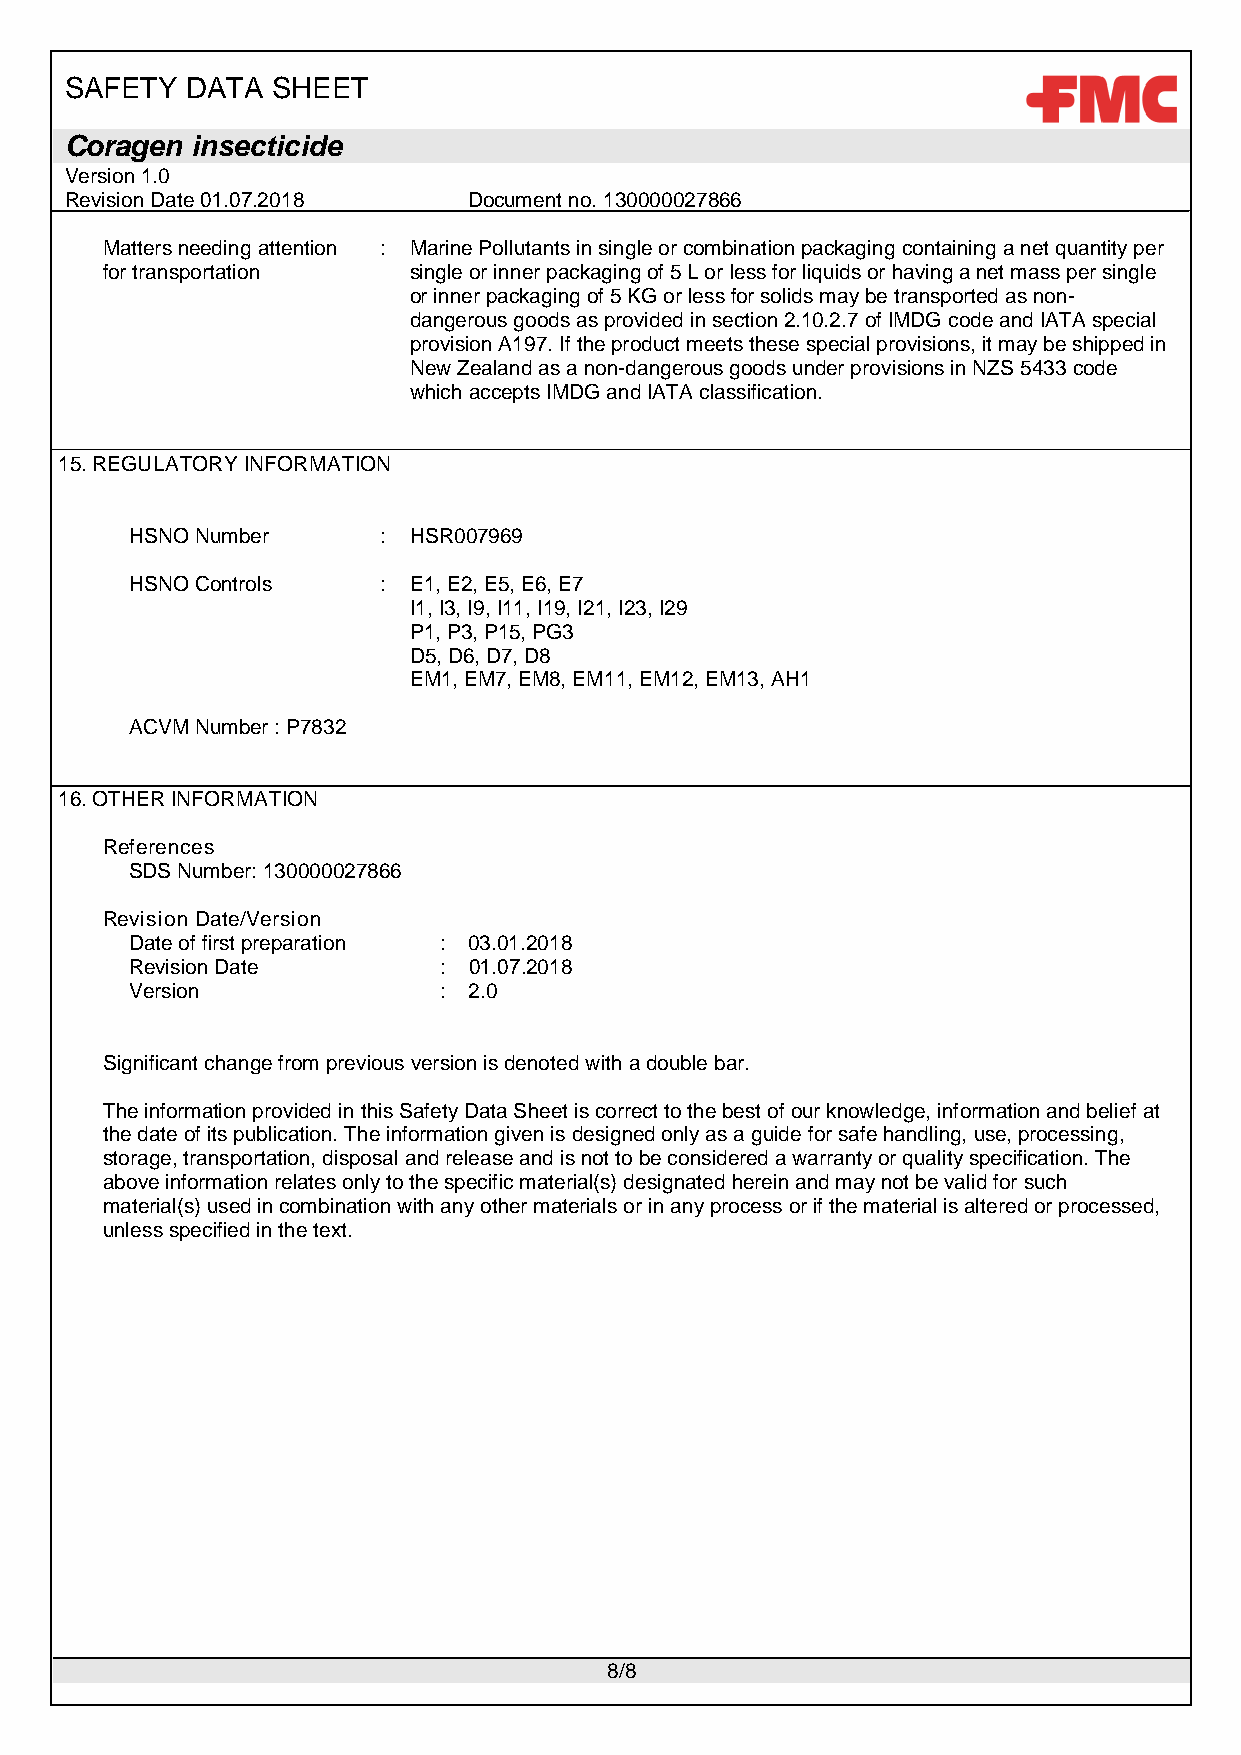
SAFETY  DATA  SHEET
 Coragen  insecticide
 Version 1.0
 Revision Date 01.07.2018   Document no. 130000027866
 Matters needing attention : Marine Pollutants in single or combination packaging containing a net quantity per
 for transportation  single or inner packaging of 5 L or less for liquids or having a net mass per single
 or inner packaging of 5 KG or less for solids may be transported as non-
 dangerous goods as provided in section 2.10.2.7 of IMDG code and IATA special
 provision A197. If the product meets these special provisions, it may be shipped in
 New Zealand as a non-dangerous goods under provisions in NZS 5433 code
 which accepts IMDG and IATA classification.
 15.REGULATORY INFORMATION
 HSNO Number     : HSR007969
 HSNO Controls   : E1, E2, E5, E6, E7
 I1, I3, I9, I11, I19, I21, I23, I29
 P1, P3, P15, PG3
 D5, D6, D7, D8
 EM1, EM7, EM8, EM11, EM12, EM13, AH1
 ACVM Number : P7832
 16.OTHER INFORMATION
 References
 SDS Number: 130000027866
 Revision Date/Version
 Date of first preparation : 03.01.2018
 Revision Date       : 01.07.2018
 Version             : 2.0
 Significant change from previous version is denoted with a double bar.
 The information provided in this Safety Data Sheet is correct to the best of our knowledge, information and belief at
 the date of its publication. The information given is designed only as a guide for safe handling, use, processing,
 storage, transportation, disposal and release and is not to be considered a warranty or quality specification. The
 above information relates only to the specific material(s) designated herein and may not be valid for such
 material(s) used in combination with any other materials or in any process or if the material is altered or processed,
 unless specified in the text.
 8/8